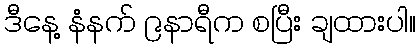
ဒီနေ့ နံနက် ၉နာရီက စပြီး ချထားပါ။